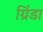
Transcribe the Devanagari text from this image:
ग्रिंडा